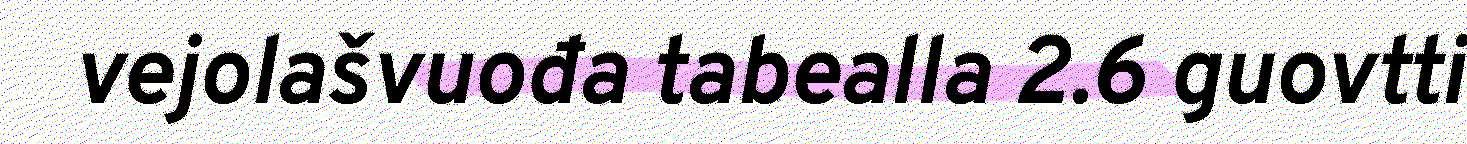
vejolašvuođa tabealla 2.6 guovtti